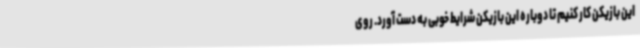
این بازیکن کار کنیم تا دوباره این بازیکن شرایط خوبی به دست آورد. روی